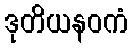
ဒုတိယနဝကံ